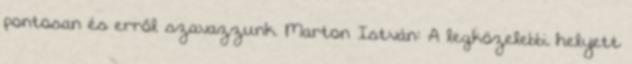
pontosan és erről szavazzunk. Marton István: A legközelebbi helyett